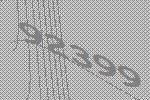
92399